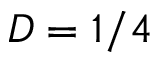
D = 1 / 4